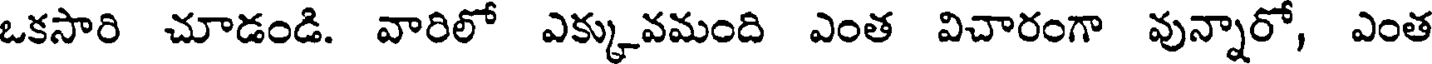
ఒకసారి చూడండి. వారిలో ఎక్కువమంది ఎంత విచారంగా వున్నారో, ఎంత